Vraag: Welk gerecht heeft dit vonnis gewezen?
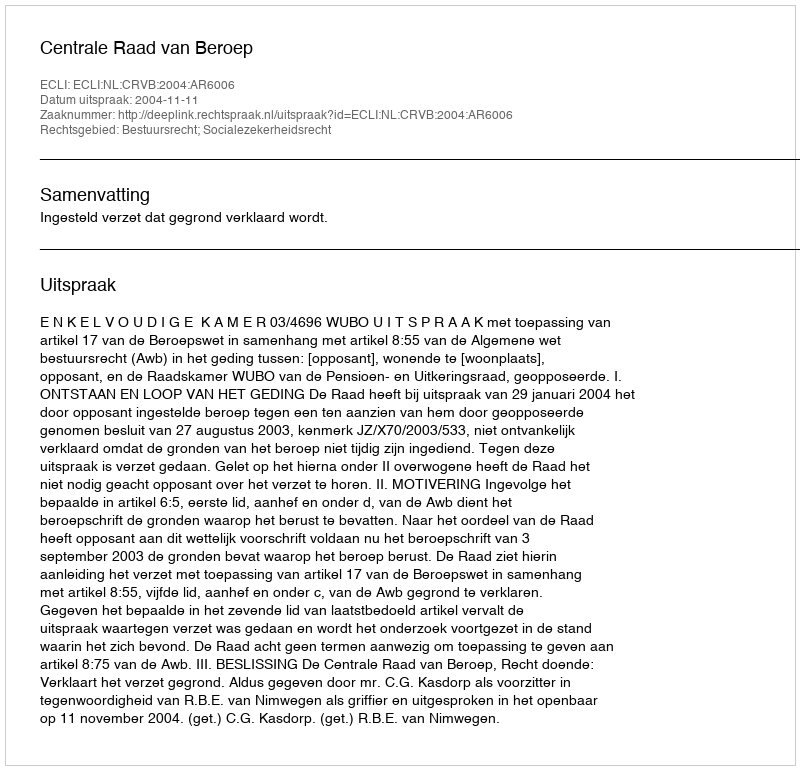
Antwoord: Centrale Raad van Beroep